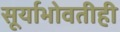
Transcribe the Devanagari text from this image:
सूर्याभोवतीही